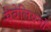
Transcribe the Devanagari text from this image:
सैबेलियनों